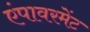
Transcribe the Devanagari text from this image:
एंपावरमेंट